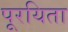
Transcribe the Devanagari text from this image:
पूरयिता